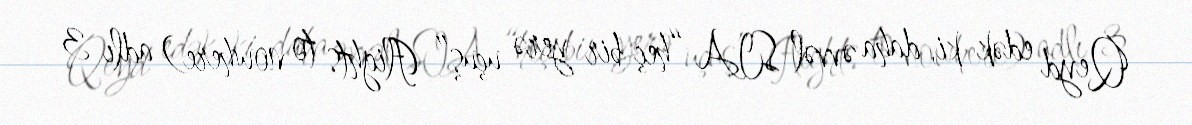
Qeyd edək ki, daha əvvəl SIA “heç bir yerə uçuş” (flights to nowhere) adlı 3